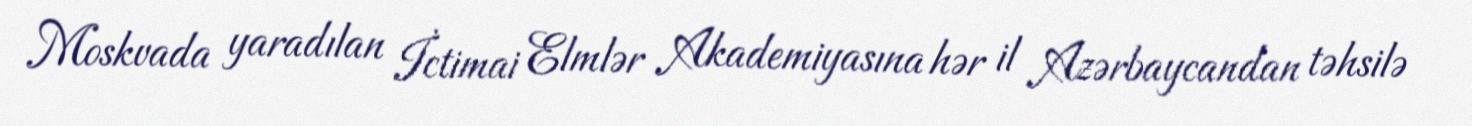
Moskvada yaradılan İctimai Elmlər Akademiyasına hər il Azərbaycandan təhsilə